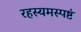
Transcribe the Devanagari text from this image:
रहस्यमस्पष्टं